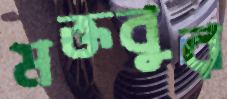
মক্তবুর